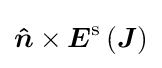
{\boldsymbol {\hat {n}}}\times {\boldsymbol {E}}^{\mathrm {s} }\left({\boldsymbol {J}}\right)